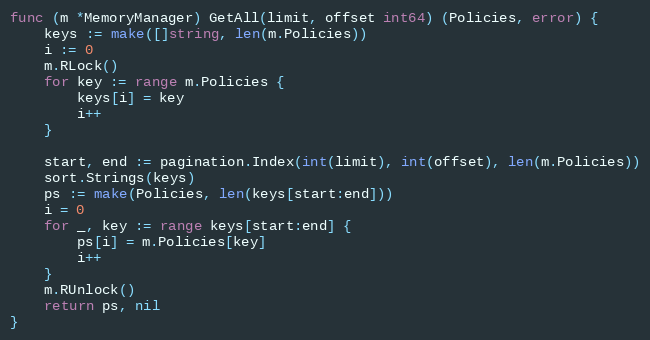
Language: Go
func (m *MemoryManager) GetAll(limit, offset int64) (Policies, error) {
	keys := make([]string, len(m.Policies))
	i := 0
	m.RLock()
	for key := range m.Policies {
		keys[i] = key
		i++
	}

	start, end := pagination.Index(int(limit), int(offset), len(m.Policies))
	sort.Strings(keys)
	ps := make(Policies, len(keys[start:end]))
	i = 0
	for _, key := range keys[start:end] {
		ps[i] = m.Policies[key]
		i++
	}
	m.RUnlock()
	return ps, nil
}